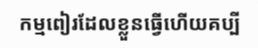
កម្មពៀរដែលខ្លួនធ្វើហើយគប្បី